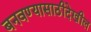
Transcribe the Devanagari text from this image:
बनवण्यासाठीदेखील